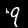
Label: 9